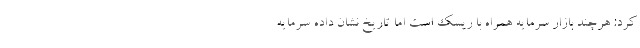
کرد: هرچند بازار سرمایه همراه با ریسک است اما تاریخ نشان داده سرمایه